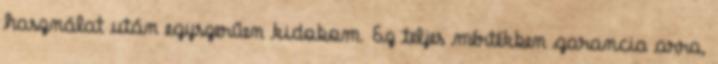
használat után egyszerűen kidobom. Ez teljes mértékben garancia arra,